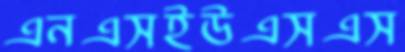
এনএসইউএসএস